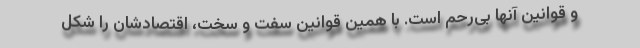
و قوانین آنها بی‌رحم است. با همین قوانین سفت و سخت، اقتصادشان را شکل